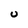
Character: U